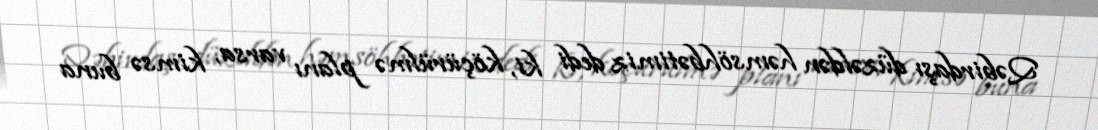
Qəbirdaşı düzəldən həmsöhbətimiz dedi ki, köçürülmə planı varsa, kimsə buna